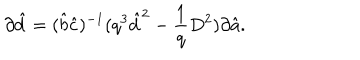
LaTeX: \partial \hat { d } = ( \hat { b } \hat { c } ) ^ { - 1 } ( q ^ { 3 } \hat { d } ^ { 2 } - \frac { 1 } { q } D ^ { 2 } ) \partial \hat { a } .